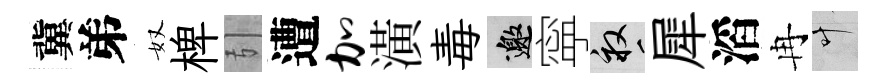
冀弟奴椑引遭加潢毒邀寜畝犀滔冉叶